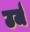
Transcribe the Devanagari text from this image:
उर्ज